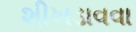
શીખડાવવા